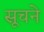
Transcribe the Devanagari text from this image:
सूचने